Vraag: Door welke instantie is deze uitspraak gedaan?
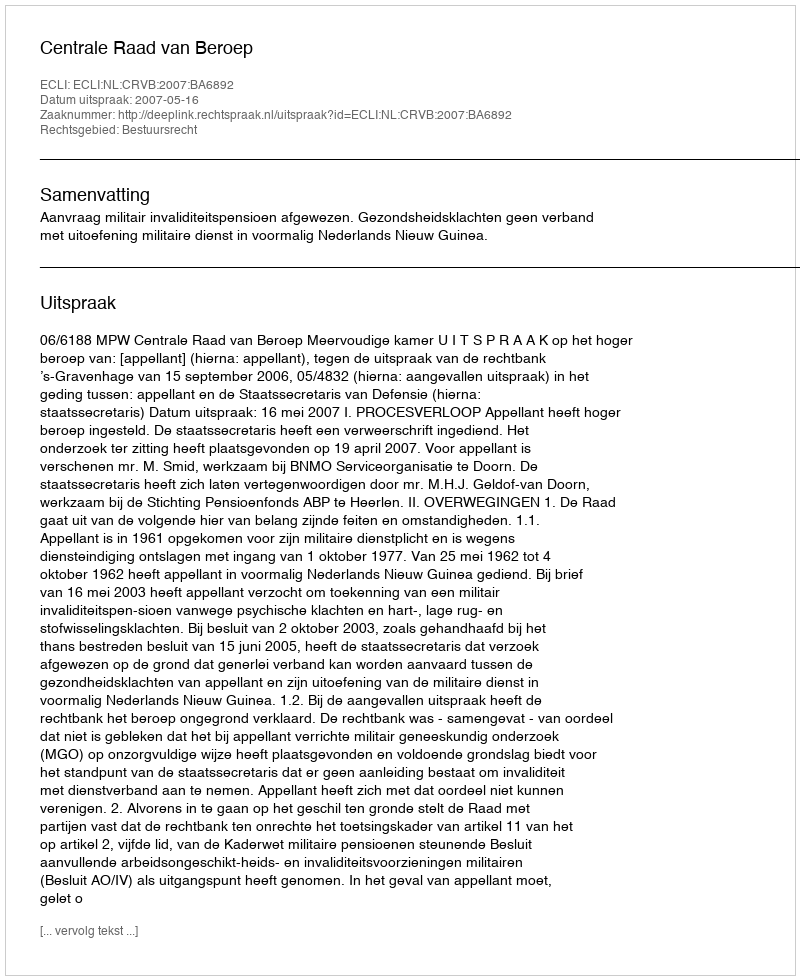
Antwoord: Centrale Raad van Beroep